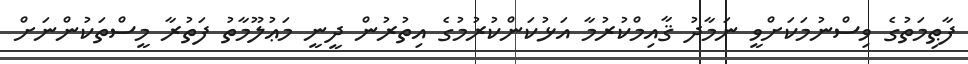
ފާޠިމަތުގެ ވިސްނުމަކަށްވީ ނަމާދު ޤާއިމްކުރުމާ އަޅުކަންކުރުމުގެ އިތުރުން ދީނީ މަޢުލޫމާތު ފަތުރާ މީސްތަކުންނަށް